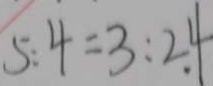
5 o l o n 4 = 3 o l o n 2 4